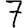
Digit: 7